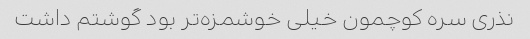
نذری سره کوچمون خیلی خوشمزه‌تر بود گوشتم داشت